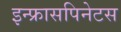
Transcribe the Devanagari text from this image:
इन्फ्रासपिनेटस